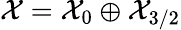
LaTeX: {\cal X}={\cal X}_{0}\oplus{\cal X}_{3/2}